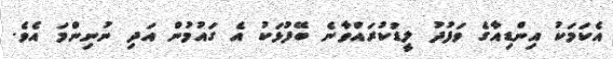
އެކަމަކު އިންޑިއާގެ ވަފުދު ލީޑުކުރައްވާނެ ބޭފުޅަކު އެ ގައުމުން އަދި ނުނިންމަ އެވެ.